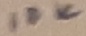
Text: 10K